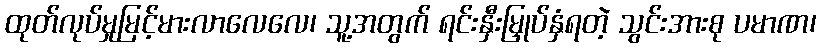
ထုတ်လုပ်မှုမြင့်မားလာလေလေ၊ သူ့အတွက် ရင်းနှီးမြှုပ်နှံရတဲ့ သွင်းအားစု ပမာဏ၊